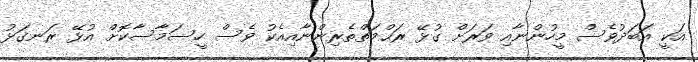
އަކީ އަބަދުވެސް މީހުންނާއި ވަރަށް ގުޅޭ ރަޙްމަތްތެރިންނާއިއެކު ވެސް ހީސަމާސާކޮށް އުޅޭ ރަނގަޅު